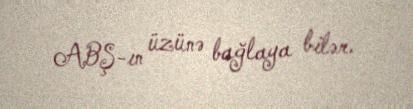
ABŞ-ın üzünə bağlaya bilər.